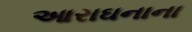
આરાઘનાના